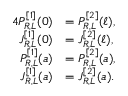
\begin{array} { r l } { { 4 } P _ { R , L } ^ { [ 1 ] } ( 0 ) } & { = P _ { R , L } ^ { [ 2 ] } ( \ell ) , } \\ { J _ { R , L } ^ { [ 1 ] } ( 0 ) } & { = J _ { R , L } ^ { [ 2 ] } ( \ell ) , } \\ { P _ { R , L } ^ { [ 1 ] } ( a ) } & { = P _ { R , L } ^ { [ 2 ] } ( a ) , } \\ { J _ { R , L } ^ { [ 1 ] } ( a ) } & { = J _ { R , L } ^ { [ 2 ] } ( a ) . } \end{array}